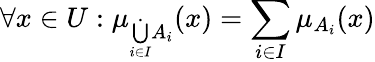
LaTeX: \forall x\in{U}:\mu_{{\dot{\bigcup_{i\in{I}}}}A_{i}}(x)=\sum_{i\in{I}}\mu_{A_{i}}(x)